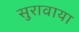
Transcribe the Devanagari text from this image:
सुरावाया